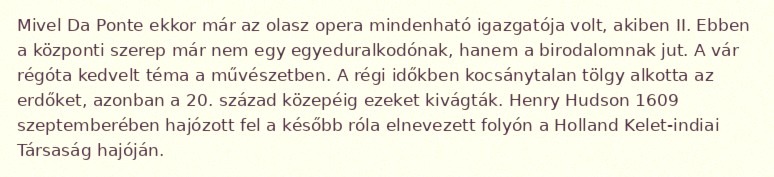
Mivel Da Ponte ekkor már az olasz opera mindenható igazgatója volt, akiben II. Ebben a központi szerep már nem egy egyeduralkodónak, hanem a birodalomnak jut. A vár régóta kedvelt téma a művészetben. A régi időkben kocsánytalan tölgy alkotta az erdőket, azonban a 20. század közepéig ezeket kivágták. Henry Hudson 1609 szeptemberében hajózott fel a később róla elnevezett folyón a Holland Kelet-indiai Társaság hajóján.